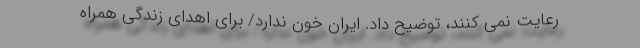
رعایت نمی کنند، توضیح داد. ایران خون ندارد/ برای اهدای زندگی همراه